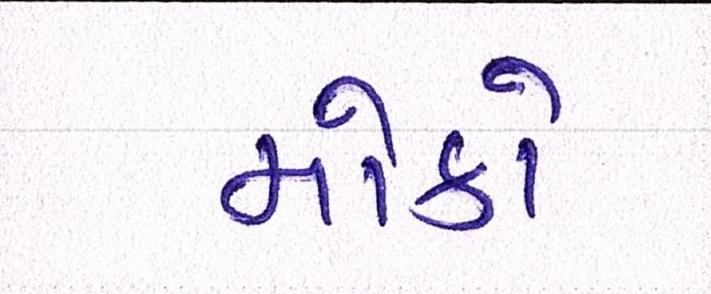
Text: મોકો